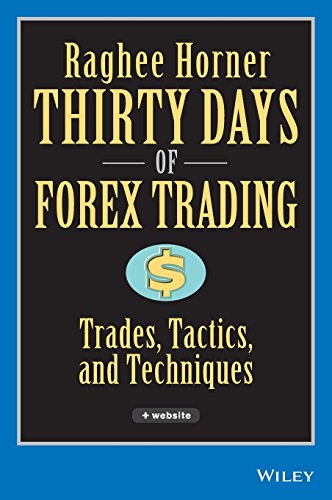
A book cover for Thirty Days of FOREX Trading: Trades, Tactics, and Techniques; Raghee Horner; Business & Money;